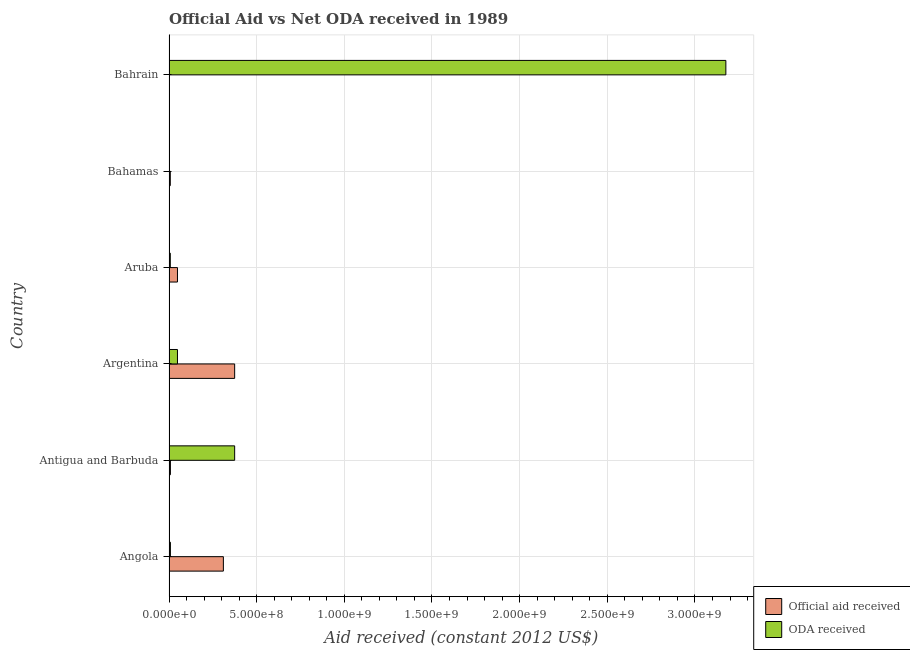
| Country | Official aid received | ODA received |
 | --- | --- | --- |
 | Angola | 3.1e+08 | 8.02e+06 |
 | Antigua and Barbuda | 8.02e+06 | 3.74e+08 |
 | Argentina | 3.74e+08 | 4.83e+07 |
 | Aruba | 4.83e+07 | 7.36e+06 |
 | Bahamas | 7.36e+06 | -3.68e+06 |
 | Bahrain | -3.68e+06 | 3.18e+09 |